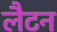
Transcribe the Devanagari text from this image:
लैटन